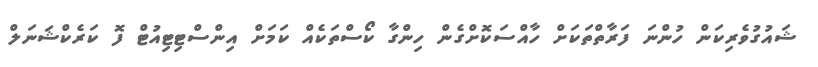
ޝައުގުވެރިކަން ހުންނަ ފަރާތްތަކަށް ހާއްސަކޮށްގެން ހިންގާ ކޯސްތަކެއް ކަމަށް އިންސްޓިޓިއުޓް ފޮ ކަރެކްޝަނަލް